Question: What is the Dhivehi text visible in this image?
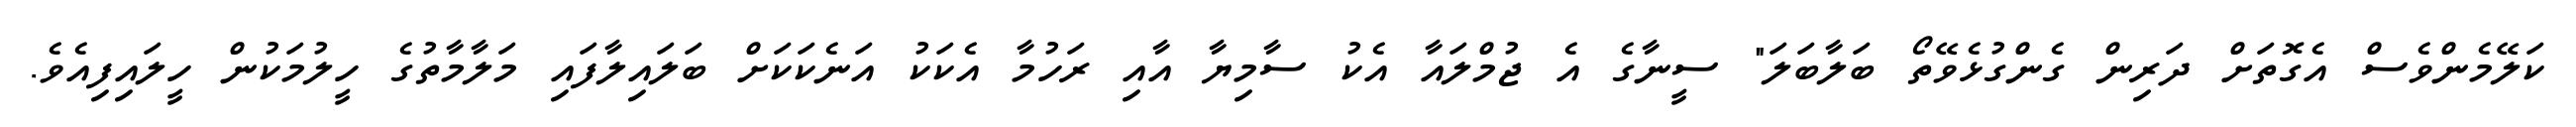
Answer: ކަލޭމެންވެސް އެގޮތަށް ދަރިން ގެންގުޅެވޭތޯ ބަލާބަލަ" ސީނާގެ އެ ޖުމްލައާ އެކު ސާމިޔާ އާއި ރަހުމާ އެކަކު އަނެކަކަށް ބަލައިލާފައި މަލާމާތުގެ ހީލުމަކުން ހީލައިފިއެވެ.